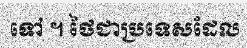
ទៅ ។ ថៃជាប្រទេសដែល